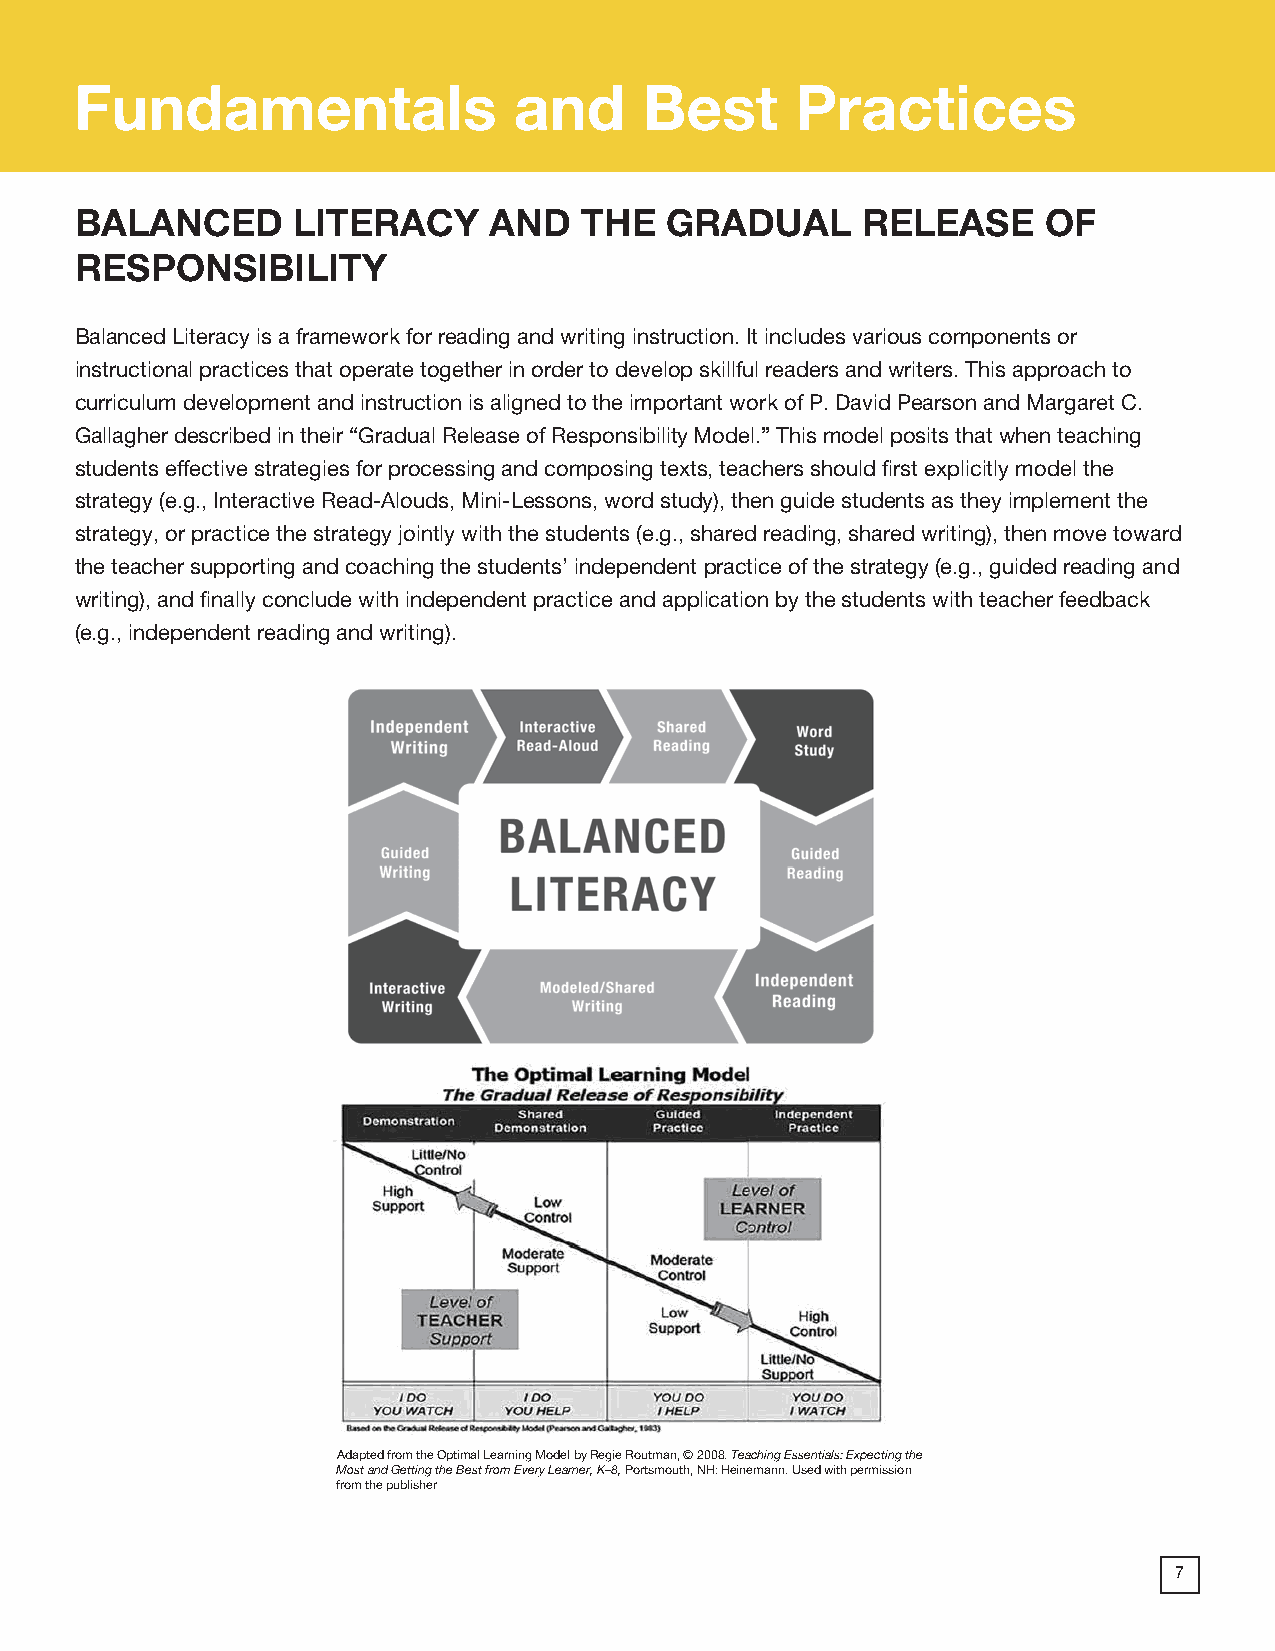
Fundamentals                 and      Best      Practices
 BALANCED      LITERACY     AND   THE   GRADUAL      RELEASE     OF
 RESPONSIBILITY
 Balanced Literacy is a framework for reading and writing instruction. It includes various components or
 instructional practices that operate together in order to develop skillful readers and writers. This approach to
 curriculum development and instruction is aligned to the important work of P. David Pearson and Margaret C.
 Gallagher described in their “Gradual Release of Responsibility Model.” This model posits that when teaching
 students effective strategies for processing and composing texts, teachers should first explicitly model the
 strategy (e.g., Interactive Read-Alouds, Mini-Lessons, word study), then guide students as they implement the
 strategy, or practice the strategy jointly with the students (e.g., shared reading, shared writing), then move toward
 the teacher supporting and coaching the students’ independent practice of the strategy (e.g., guided reading and
 writing), and finally conclude with independent practice and application by the students with teacher feedback
 (e.g., independent reading and writing).
 Adapted from the Optimal Learning Model by Regie Routman, © 2008. Teaching Essentials: Expecting the
 Most and Getting the Best from Every Learner, K–8, Portsmouth, NH: Heinemann. Used with permission
 from the publisher
 7